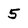
Character: 5